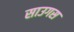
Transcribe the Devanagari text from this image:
साउगस